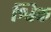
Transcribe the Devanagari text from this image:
श्विक